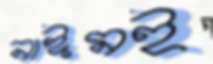
নাঈমই